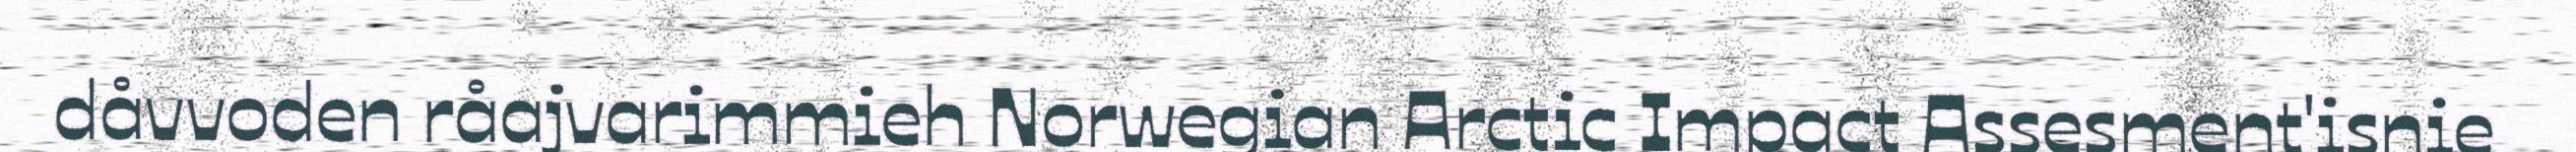
dåvvoden råajvarimmieh Norwegian Arctic Impact Assesment'isnie